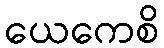
ယေကေစိ